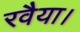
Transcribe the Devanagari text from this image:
रवैया।